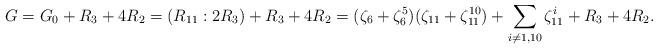
LaTeX: \begin{align*}G=G_{0}+R_{3}+4R_{2}=(R_{11}:2R_{3})+R_{3}+4R_{2}=(\zeta_{6}+\zeta_{6}^{5})(\zeta_{11}+\zeta_{11}^{10})+\sum_{i\neq1,10}\zeta_{11}^{i}+R_{3}+4R_{2}.\end{align*}